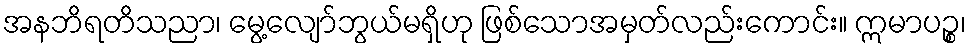
အနဘိရတိသညာ၊ မွေ့လျော်ဘွယ်မရှိဟု ဖြစ်သောအမှတ်လည်းကောင်း။ ဣမာပဉ္စ၊